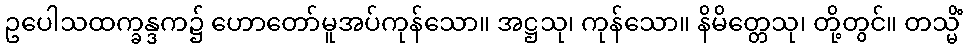
ဥပေါသထက္ခန္ဒက၌ ဟောတော်မူအပ်ကုန်သော။ အဋ္ဌသု၊ ကုန်သော။ နိမိတ္တေသု၊ တို့တွင်။ တသ္မိံ